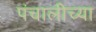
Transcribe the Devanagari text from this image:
पंचालीच्या